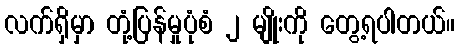
လက်ရှိမှာ တုံ့ပြန်မှုပုံစံ ၂ မျိုးကို တွေ့ရပါတယ်။